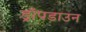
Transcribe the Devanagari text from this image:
ड्रॉपडाउन